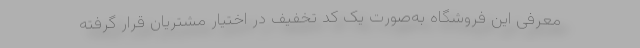
معرفی این فروشگاه به‌صورت یک کد تخفیف در اختیار مشتریان قرار گرفته